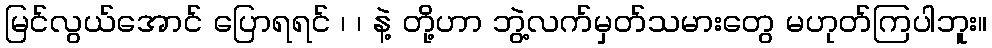
မြင်လွယ်အောင် ပြောရရင် ၊ ၊ နဲ့ တို့ဟာ ဘွဲ့လက်မှတ်သမားတွေ မဟုတ်ကြပါဘူး။